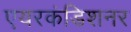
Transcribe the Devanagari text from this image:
एयरकंडिशनर